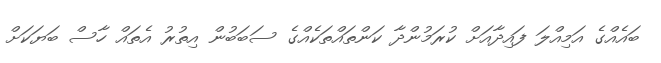
ބައެއްގެ އަމިއްލަ ފައިދާއަށް ކުރަމުންދާ ކަންތައްތަކެއްގެ ސަބަބުން އިތުރު އެތައް ހާސް ބަޔަކަށް